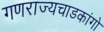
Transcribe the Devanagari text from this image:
गणराज्यचाडकांगो